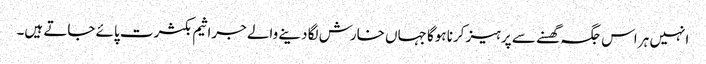
انہیں ہر اس جگہ گھسنے سے پرہیز کرنا ہوگا جہاں خارش لگا دینے والے جراثیم بکثرت پائے جاتے ہیں۔